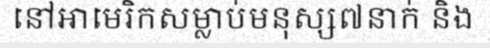
នៅអាមេរិកសម្លាប់មនុស្ស៧នាក់ និង